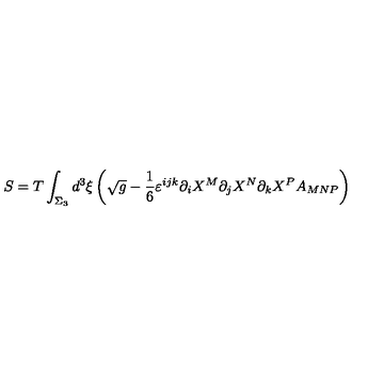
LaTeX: S = T \int _ { \Sigma _ { 3 } } d ^ { 3 } \xi \left( \sqrt { g } - \frac { 1 } { 6 } \varepsilon ^ { i j k } \partial _ { i } X ^ { M } \partial _ { j } X ^ { N } \partial _ { k } X ^ { P } A _ { M N P } \right)